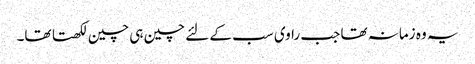
یہ وہ زمانہ تھا جب راوی سب کے لئے چین ہی چین لکھتا تھا۔